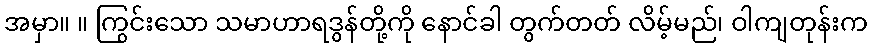
အမှာ။ ။ ကြွင်းသော သမာဟာရဒွန်တို့ကို နောင်ခါ တွက်တတ် လိမ့်မည်၊ ဝါကျတုန်းက